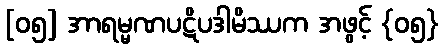
[၀၅] အာရမ္မဏပဋိပဒါမိဿက အဖွင့် {၀၅}